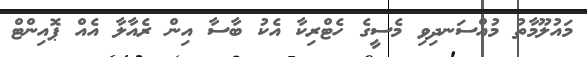
މައުލޫމާތު މުއްސަނދިވި މެސީގެ ހެޓްރިކާ އެކު ބާސާ އިން ރެއާލާ އެއް ޕޮއިންޓް